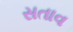
સતાવ